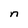
Character: n